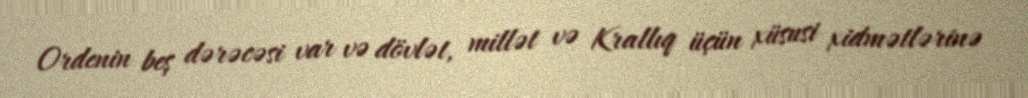
Ordenin beş dərəcəsi var və dövlət, millət və Krallıq üçün xüsusi xidmətlərinə